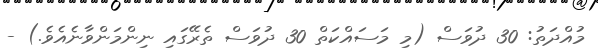
މުއްދަތު: 30 ދުވަސް (މި މަސައްކަތް 30 ދުވަސް ތެރޭގައި ނިންމަންވާނެއެވެ.) -